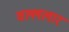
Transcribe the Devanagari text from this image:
वल्ललार